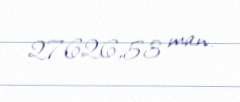
27626,53 man.